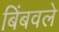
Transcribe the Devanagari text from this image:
बिंबवले